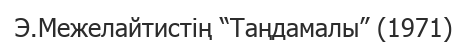
Э.Межелайтистің “Таңдамалы” (1971)